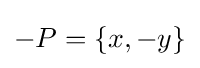
-P=\lbrace x,-y\rbrace